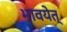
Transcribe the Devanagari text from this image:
भावयेत्‌